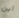
أين